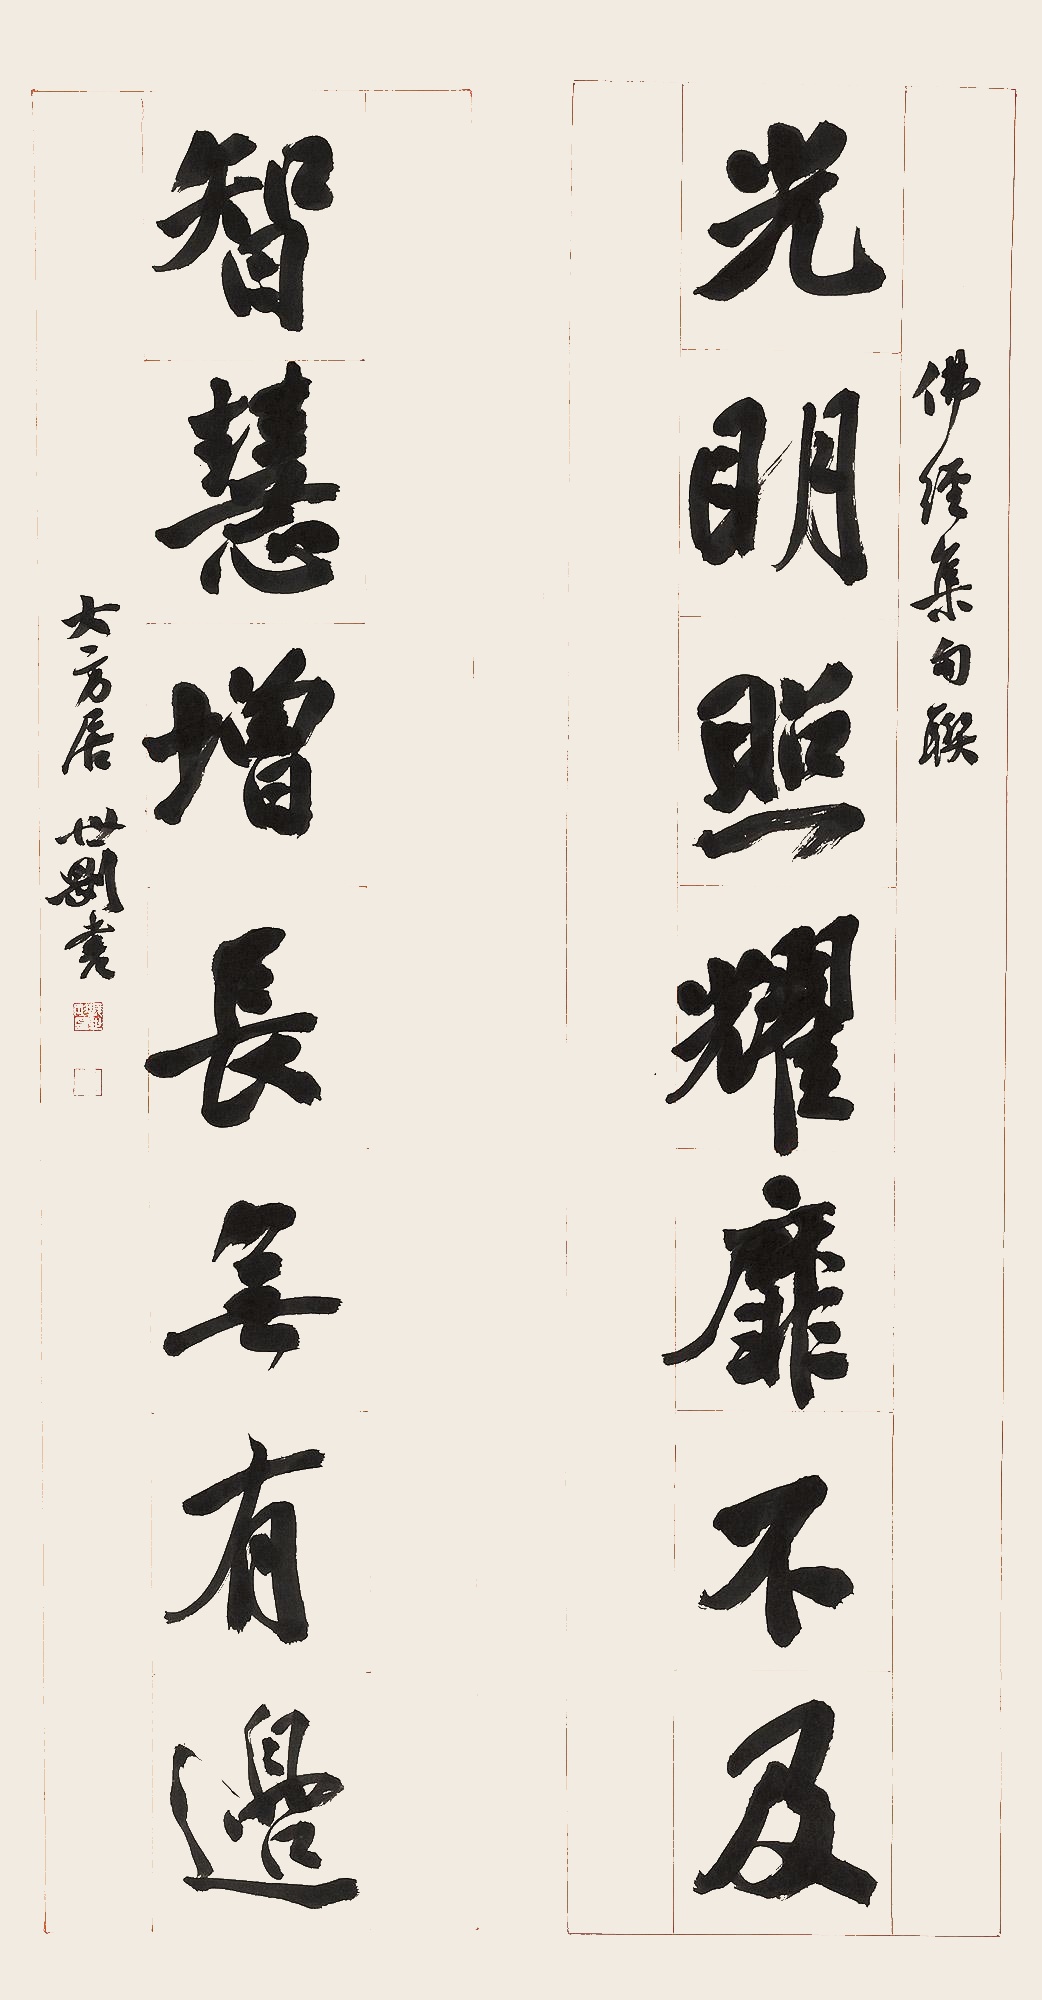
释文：光明照耀靡不及，智慧增长无有边。佛经集句联。大方居世刚书。